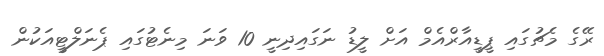
ރޭގެ މެޗުގައި ޕީޑީއާރްއެމް އަށް ލީޑު ނަގައިދިނީ 10 ވަނަ މިނެޓުގައި ޕެނަލްޓީއަކުން